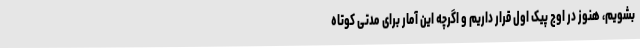
بشویم، هنوز در اوج پیک اول قرار داریم و اگرچه این آمار برای مدتی کوتاه